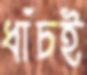
ধাঁচই